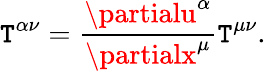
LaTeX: \mathtt{T}^{\alpha\nu}=\frac{{\partialu^{\alpha}}}{{\partialx^{\mu}}}\mathtt{T}^{\mu\nu}.